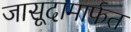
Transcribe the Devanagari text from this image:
जासूदामार्फत